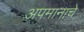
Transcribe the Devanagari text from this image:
अपमानाचे